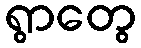
ရွာတွေ